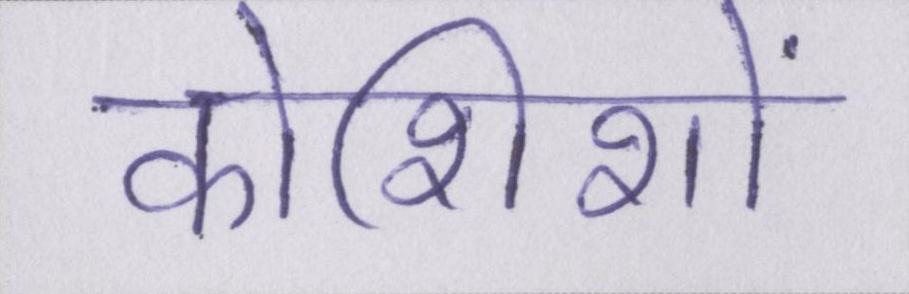
कोशिशों